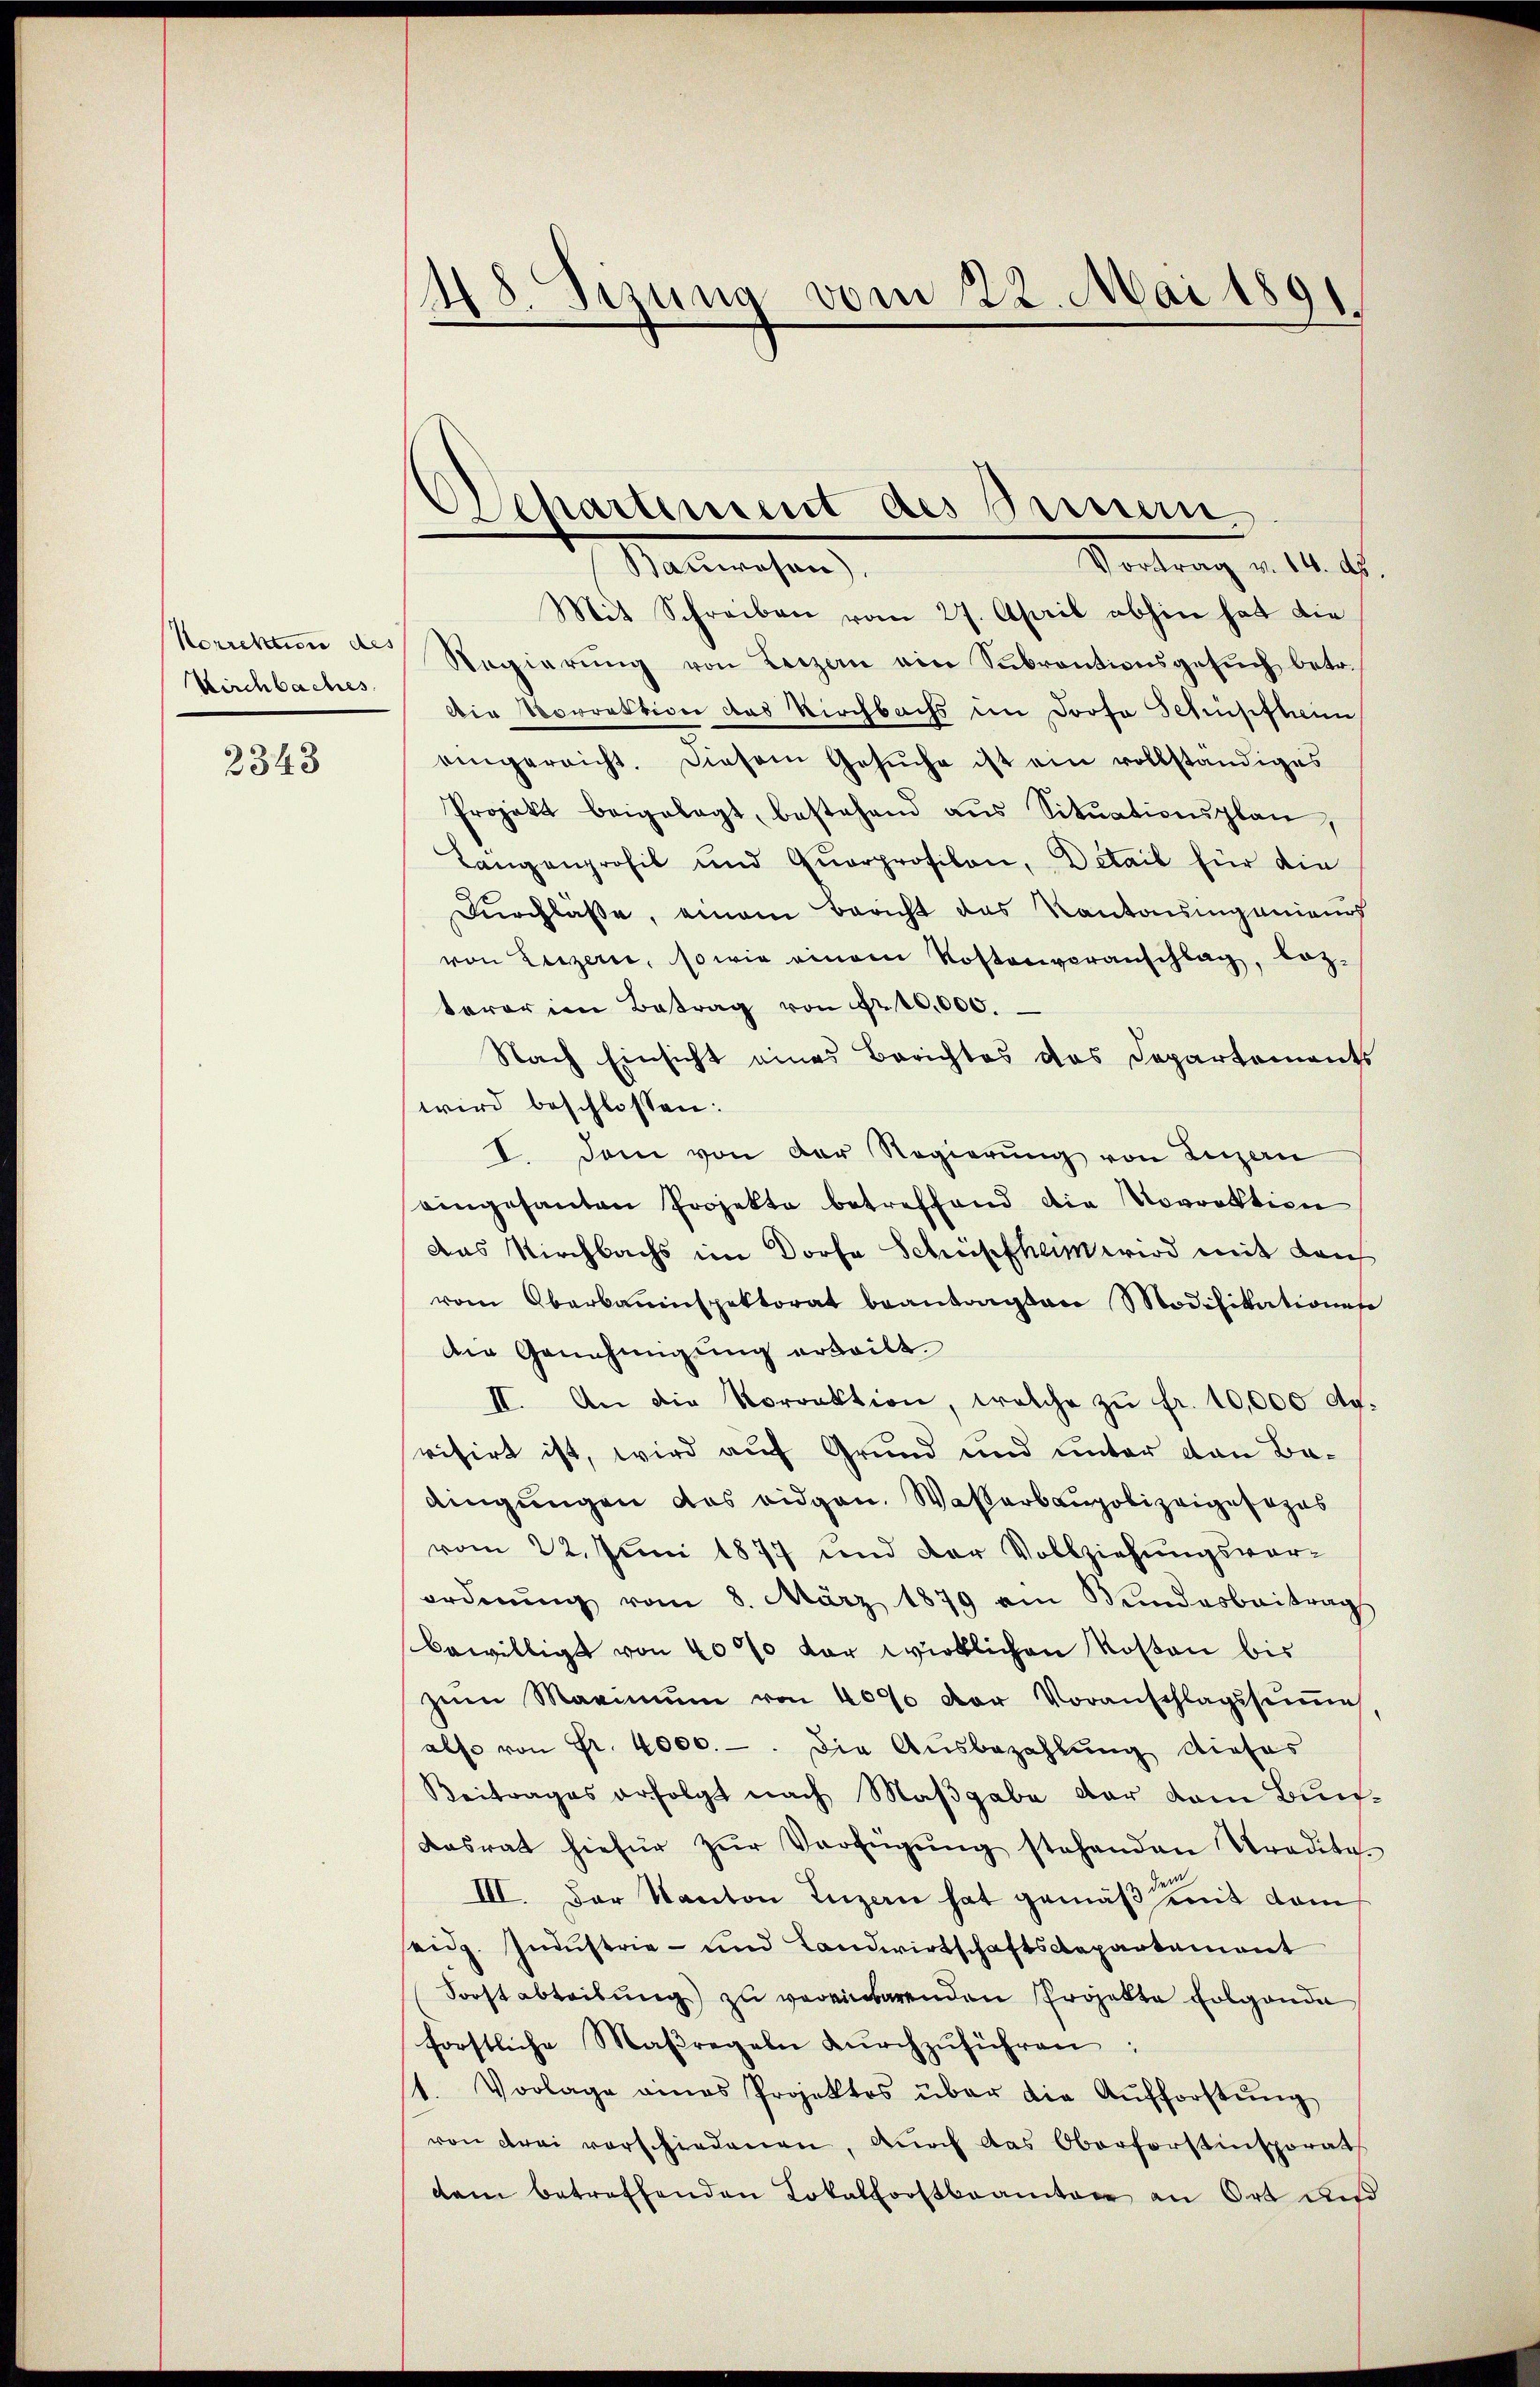
Korrektion des
Kirchbaches.

2343

48. Sizung vom 22. Mai 1891

Separtement des Bauern

Vortrag v. 14. ds.
Nanwesen
Mit Schreiben vom 27. April abhin hat die
Regierŭng von Luzern ein Subventionsgesŭch betr.
Die Vorrektion das Kirchbachs im Droso Schusiftri
eingereicht. Diesem Gesŭche ist ein vollständiges
Projekt beigelegt, bestehend aŭs Sitŭationsplan.
Längenprofil und Quarprofilen, Detail für die
Durchlasse, einem Bericht das Kantonsigenieurs
von Luzern, sowie einem Kostenveranschlag, loz-
trorien Betrag von Nr. 10,000.
Nach Einsicht eines Berichtes das Departements
wird beschlossen:
I. Dem von der Regierŭng von Luzern
eingesanten Projekte betreffend die Vorrektion
Das Kirchbachs im Dorfe Schüpfheim wird mit den
vom Oberbauenspektorat beantragten Modifikations
die Genehmigung erteilt.
II. An die Korrektion, welche zŭ fr. 10,000 d.
visirt ist, wird auf Grund und unter von Badingungen das eidgen. Wasserbaupolizeigesozus
vom 22. Juni 1877 und der Vollziehungsvorordnŭng vom 8. März 1879 am Bundesbeitrag
bewilligt von 40% der wirklichen Kosten bis
zŭm Maximŭm von 4000 der Voranschlagssumme
also von Fr. 4000.-. Die Ausbezahlung dieses
Beitrages erfolgt nach Maßgabe der dem Bundasrat hiefür zŭr Verfügŭng stehenden Tradita
III. Der Kanton Luzern hat gemäß mit dem
eid. Industrie- und Landwirtschaftsdepartement
Forstabteilung zu vereinbarenden Projekte folgende
forstliche Maßregeln dŭrchzŭführen:
1. Vorlage eines Projektes über die Aŭfforstŭng
von drei verschiedenen, durch das Oberforstinsporat
dem betreffenden Lokalforstbeamten an Ort und